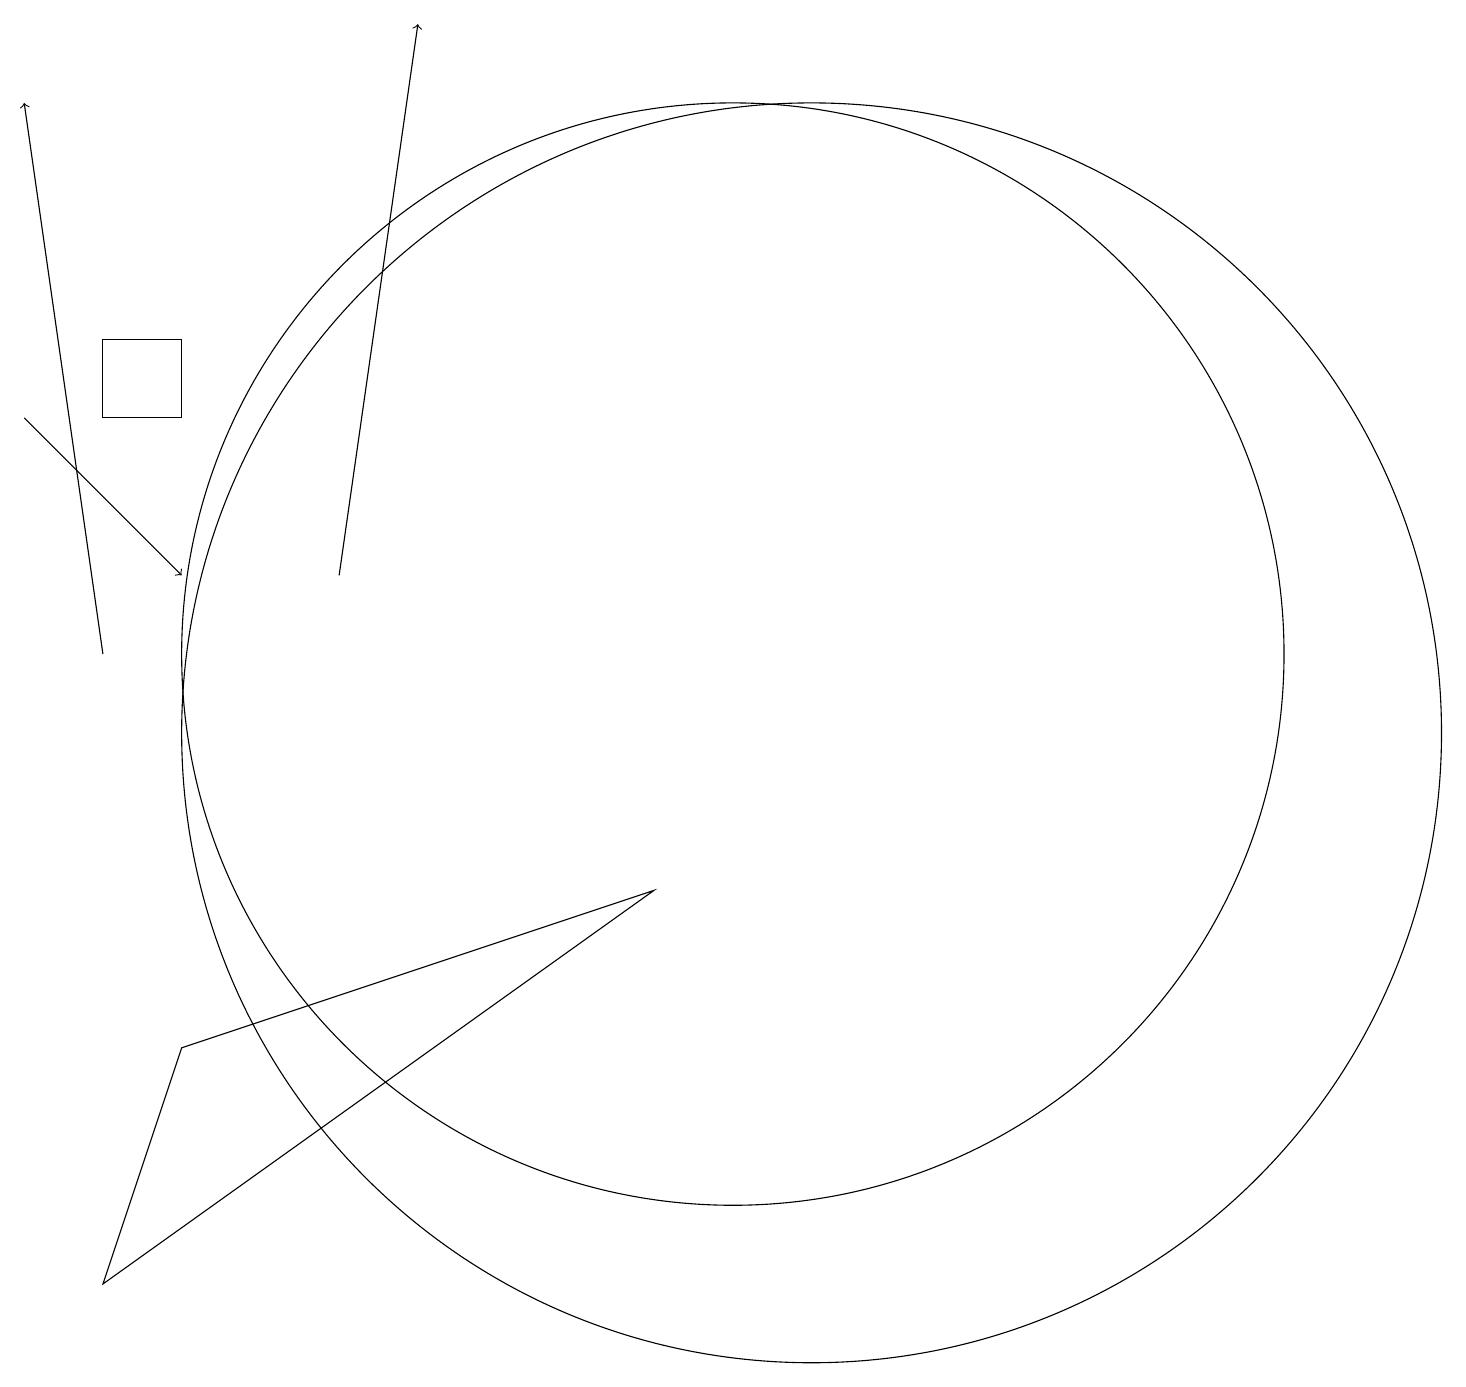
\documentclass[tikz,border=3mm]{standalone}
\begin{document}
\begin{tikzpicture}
\draw (3,6) -- (9,8) -- (2,3) -- cycle;
\draw[->] (5,12) -- (6,19);
\draw (11,10) circle (8);
\draw[->] (2,11) -- (1,18);
\draw (10,11) circle (7);
\draw[->] (1,14) -- (3,12);
\draw (2,14) rectangle (3,15);
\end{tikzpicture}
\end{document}